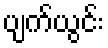
ပျက်ယွင်း